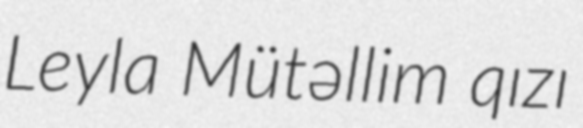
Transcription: Leyla Mütəllim qızı